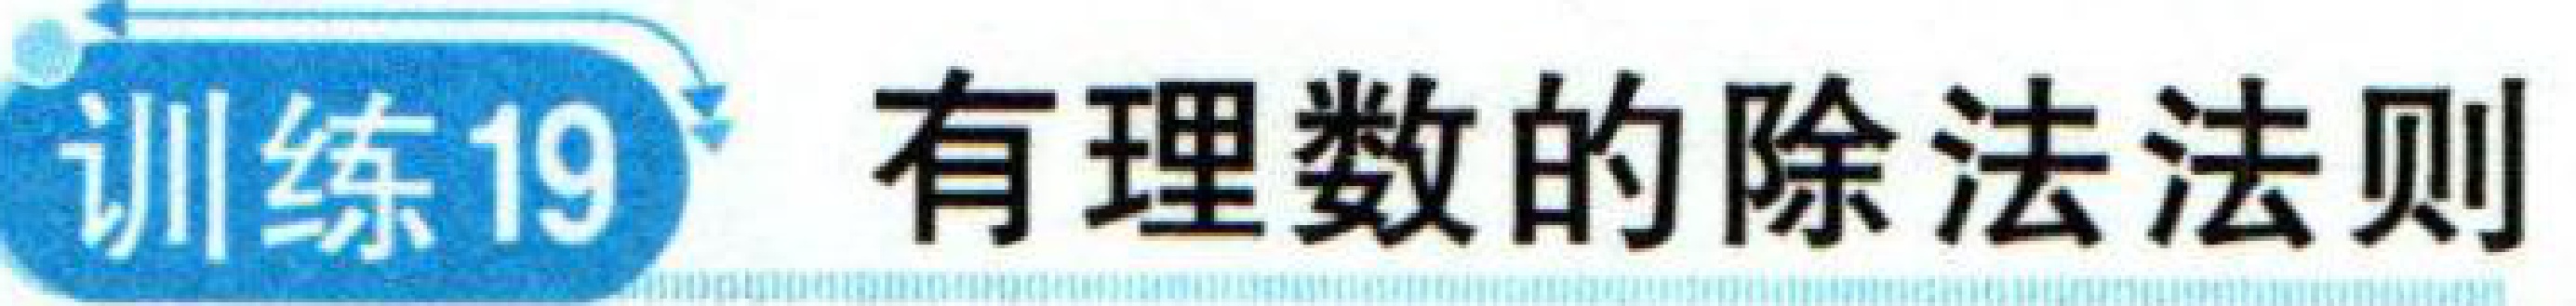
训练19 有理数的除法法则